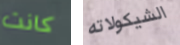
كانت الشيكولاته